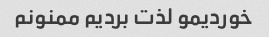
خوردیمو لذت بردیم ممنونم